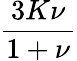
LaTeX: \frac{3K\nu}{1+\nu}